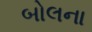
બોલના